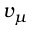
v _ { \mu }